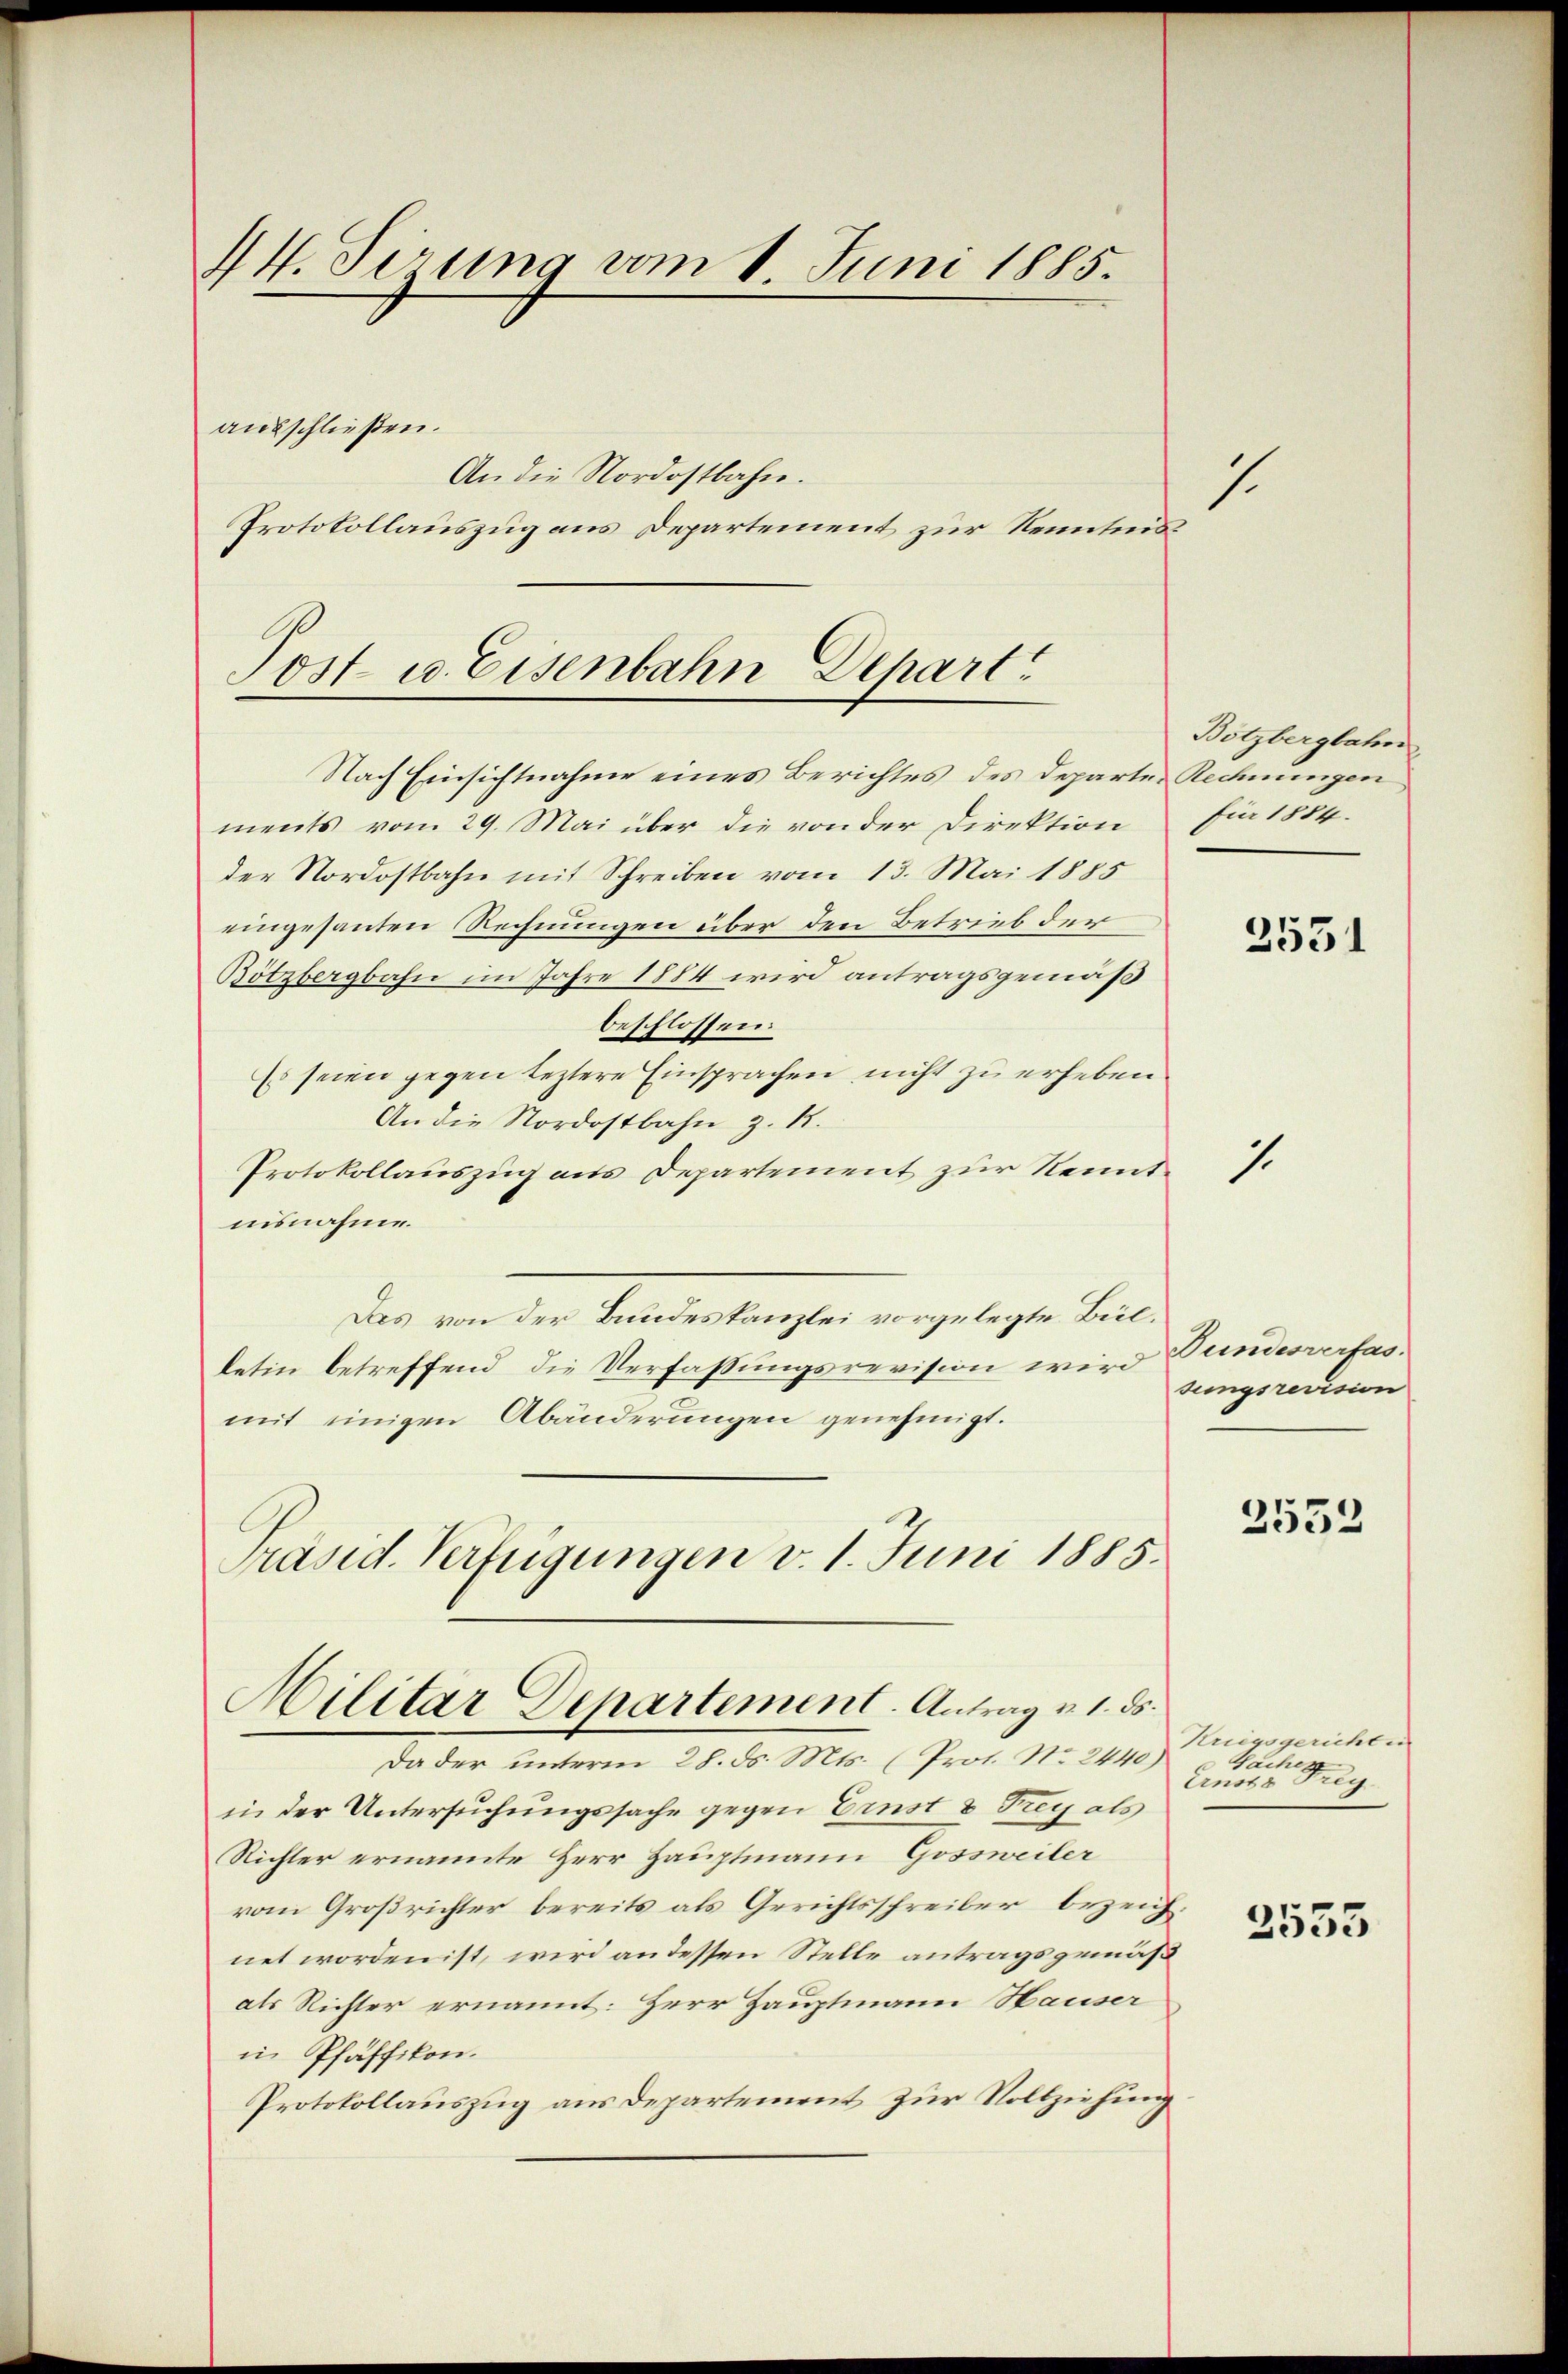
14. Sirung vom 1. Juni 1885
ausschließen.
An die Nordostbahn.
Protokollauszug aus Departement zur Kenntnis¬

Jost u. Eisenbahn Depart

Nach Einsichtnahme eines Berichtes des Departen Rechnungen
ments vom 29. Mai über die von der Direktion
der Nordostbahn mit Schreiben vom 13. Mai 1885
eingesanten Rechnungen über den Betrieb der
Bötzbergbahn im Jahre 1884 wird antragsgemäß
beschlossen.
Es seien gegen leztere Einsprachen nicht zu erheben
An die Nordostbahn z. B.
Protokollauszug aus Departement zur Kenntnisnahme.
Das von der Bundeskanzlei vorgelegte Beilletin betreffend die Verfassungsrevision wird
mit einigen Abänderungen genehmigt.
Präsid. Verfügungen v. 1. Juni 1885.

Militar Departement. Antrag u. 1. ds.

Da der unterm 28. ds. Mts. (Prot. No. 2440)
in der Untersuchungssache gegen Ernst 8 Frey als
Richter ernannte Herr Hauptmann Gossweiler
vom Großrichter bereits als Gerichtsschreiber bezeichnet worden ist, wird an dessen Stelle antragsgemäß
als Richter ernannt: Herr Hauptmann Hauser
in Pfäffikon.
Protokollauszug aus Departement zur Vollziehung

1

1.

Bötzbergbahn
für 1884.

2551

Dundesverfas
sungsrevision

2532

Kriegsgericht in
Sacher
Ernste Frey.

2553